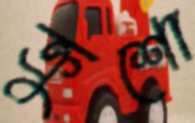
ক্রুশো